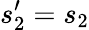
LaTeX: s_{2}^{\prime}=s_{2}